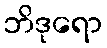
ဘိဒုရော